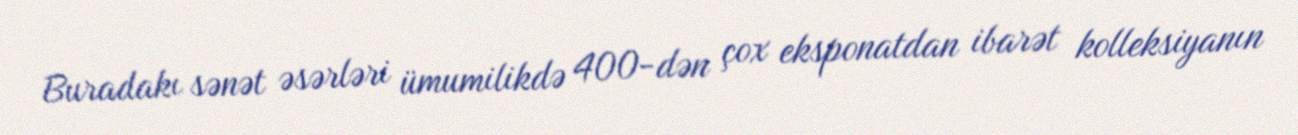
Buradakı sənət əsərləri ümumilikdə 400-dən çox eksponatdan ibarət kolleksiyanın